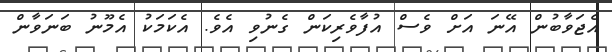
އެޖަވާބުން އޭނަ އަށް ވެސް އުފާވެރިކަން ގެނުވި އެވެ. އެކަމަކު އެމޫނު ބަނަވާން